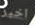
اخبر